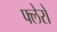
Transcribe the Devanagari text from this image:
फ्लेरो